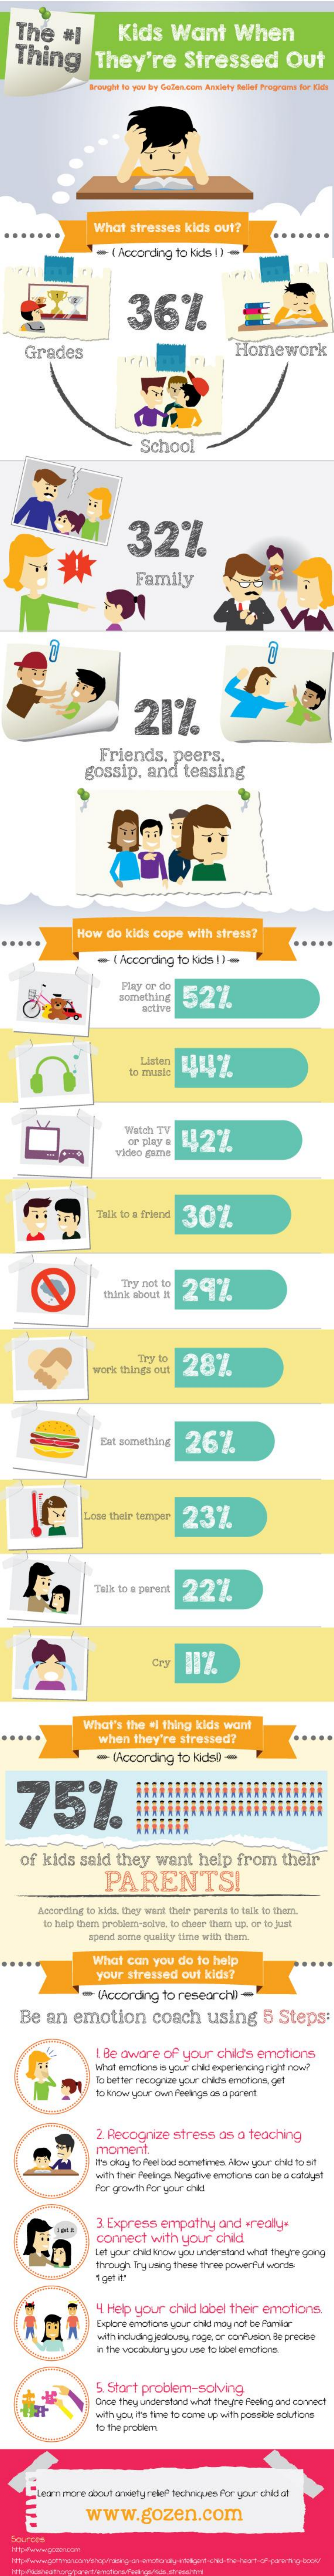
The    #]
   Thing
     Kids    Want    When
     They're    Stressed    Out
     Brought to you try Gollencore Axxlaty tallet Programe for Gatt
     What   stresses    kids  out?
     =   [According    to kids 1]  -
     36%
     Grades    Homework
     School
     32%
     Family
     21%
     Friends,    peers,
     gossip,    and    teasing
     How   do   kids cope    with   stress?
     =  [According    to kids  1) -
     something    52%
     Listen
     to musto
     1444%
     Watch  TV
     or pingy &  142%
     video game
     Talk to a friend  30%
     Try not to   29%
     Trzy 10
     work things  out    28%
     Est something    26%
     Loss thele bampar    23%
     Talk to a parent   22%
     Cry
     What's   the  a| thing  kids  want
     when   they're   stressed?
     Viccording    to kids  !-
   75%
    of   kids    said    they    want    help    from    their
     PARENTS!
     According to kids, they want their paranta to talk to them.
     to help them probiatt actvis, In chate them up, or to juat
     spend  doerst quility tlete with theen.
     What   can   you  do  to  help
     your  stressed    out  kids?
     -  lAccording    to researchl    -
     Be   an    emotion    coach    using    5  Steps:
     L Be aware    of  your    child's emotions
     What emotions is your child experiencing right now?
     la better recognion your child's emotions get
     to Nicwr your own feeinge as a parent.
     2 Recognize    stress    as  a  teaching
     moment.
     It's okay to feel bad sometimes Allow your child to wit
     with ther Peeinga Negative emotions can be a catalyst
     Por growth Por your child
     3. Express   empathy    and   wrealye
     connect    with   your    child
     Lift your child know you understand what theyre gong
     though Try using these tivee powerful words
     4 Help  your    child  label  their  emotions
     Explore emotions your child may not be Pomilor
     with including jealousy, rage, or confusion le precise
     in the vocabulary you use to label erolorta
     5. Stort  problem-solving
     Droit they understand what theyhe fewing and connect
     withyou.@'s fine to come up with possible solutions
     to the problem
     Learn more about orwiety relief tedviques for your child at
     www.gozen.com